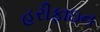
હરીફાઇન